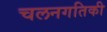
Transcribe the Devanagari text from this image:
चलनगतिकी